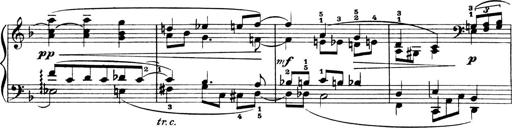
Title: 4 Sonatines
Composer: Max Reger